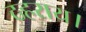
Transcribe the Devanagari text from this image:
ठहराय।